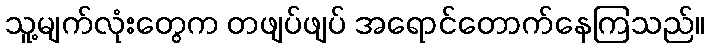
သူ့မျက်လုံးတွေက တဖျပ်ဖျပ် အရောင်တောက်နေကြသည်။